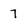
Character: 7